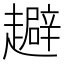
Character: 𧾑